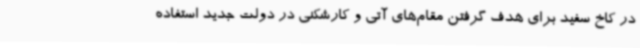
در کاخ سفید برای هدف گرفتن مقام‌های آتی و کارشکنی در دولت جدید استفاده